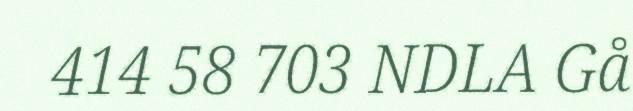
414 58 703 NDLA Gå